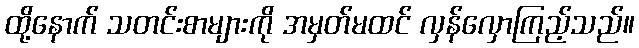
ထို့နောက် သတင်းစာများကို အမှတ်မထင် လှန်လှောကြည့်သည်။